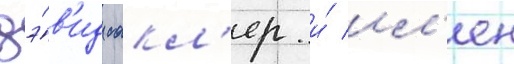
дэ́в'ид сакл'ер и́ ил'ен